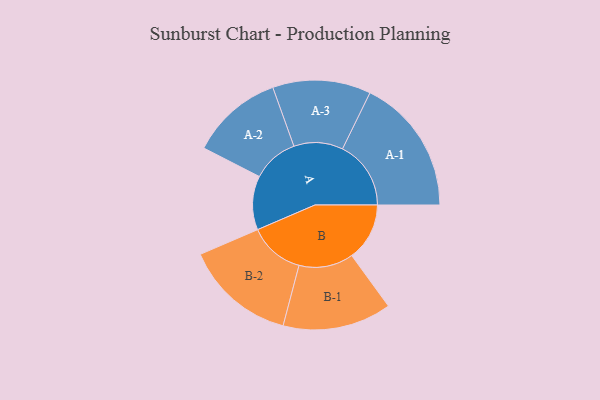
{"axis": {"x": "Segment", "y": "Value"}, "legend": ["", "A", "B"], "data": [{"x": "A", "y": 223, "type": ""}, {"x": "B", "y": 239, "type": ""}, {"x": "A-1", "y": 283, "type": "A"}, {"x": "A-2", "y": 191, "type": "A"}, {"x": "A-3", "y": 203, "type": "A"}, {"x": "B-1", "y": 225, "type": "B"}, {"x": "B-2", "y": 230, "type": "B"}]}